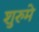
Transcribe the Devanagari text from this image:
शुरुमे